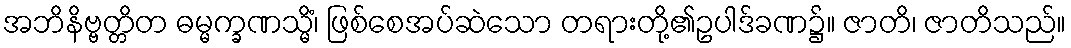
အဘိနိဗ္ဗတ္တိတ ဓမ္မက္ခဏသ္မိံ၊ ဖြစ်စေအပ်ဆဲသော တရားတို့၏ဥပါဒ်ခဏ၌။ ဇာတိ၊ ဇာတိသည်။